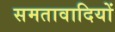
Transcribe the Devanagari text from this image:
समतावादियों